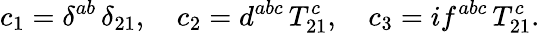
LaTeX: c_{1}=\delta^{ab}\, \delta_{21},\quad c_{2}=d^{abc}\, T_{21}^{c},\quad c_{3}=if^{abc}\, T_{21}^{c}.